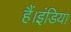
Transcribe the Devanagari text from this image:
हैं।इंडिया